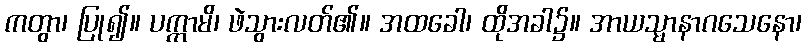
ကတွာ၊ ပြု၍။ ပက္ကာမိ၊ ဖဲသွားလတ်၏။ အထခေါ၊ ထိုအခါ၌။ အာယသ္မာနာဂသေနော၊